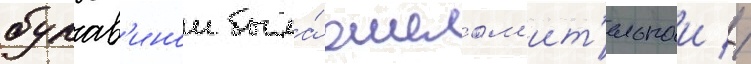
булав'инои была́ ошелом'ит'ельнои //